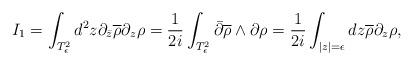
LaTeX: \begin{align*}I_{1}=\int_{T_{\epsilon}^{2}} d^{2}z \partial_{\bar{z}}\overline{\rho}\partial_{z}\rho = \frac{1}{2i}\int_{T_{\epsilon}^{2}}\bar{\partial}\overline{\rho}\wedge\partial \rho = \frac{1}{2i}\int_{|z|=\epsilon}dz\overline{\rho}\partial_{z}\rho ,\end{align*}